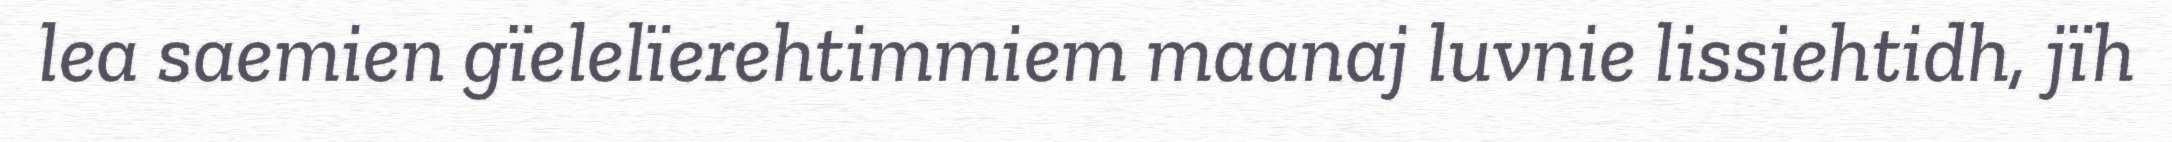
lea saemien gïelelïerehtimmiem maanaj luvnie lissiehtidh, jïh